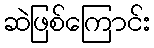
ဆဲဖြစ်ကြောင်း